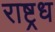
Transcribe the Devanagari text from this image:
राष्ट्रध